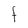
Character: F